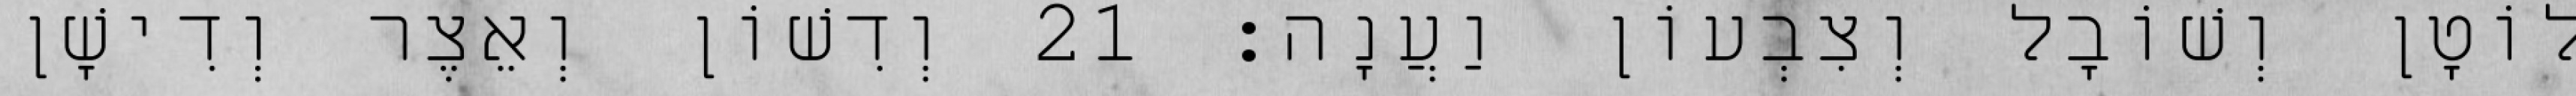
לוֹטָן וְשׁוֹבָל וְצִבְעוֹן וַעֲנָה׃ 21 וְדִשׁוֹן וְאֵצֶר וְדִישָׁן